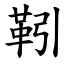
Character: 靷